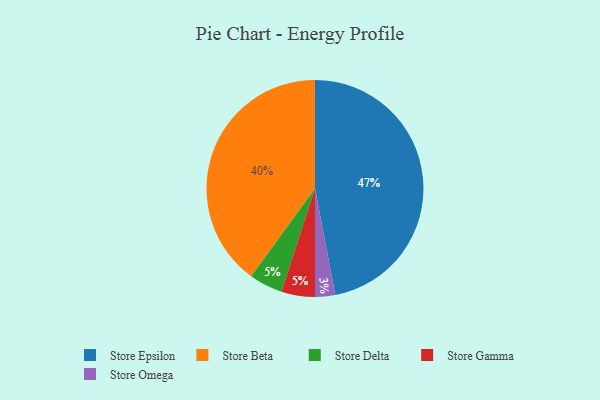
{"axis": {"x": "Category", "y": "Percentage"}, "legend": ["Store Beta", "Store Delta", "Store Epsilon", "Store Gamma", "Store Omega"], "data": [{"x": "Store Epsilon", "y": 47, "type": "Store Epsilon"}, {"x": "Store Omega", "y": 3, "type": "Store Omega"}, {"x": "Store Beta", "y": 40, "type": "Store Beta"}, {"x": "Store Delta", "y": 5, "type": "Store Delta"}, {"x": "Store Gamma", "y": 5, "type": "Store Gamma"}]}